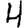
Digit: 4